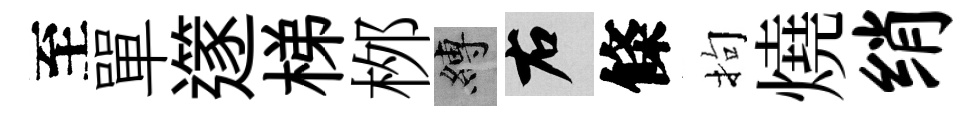
至單𨗹梯桞縛右條拘燒绡